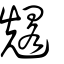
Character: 𠓀